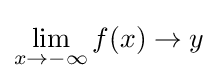
\lim _{x\to -\infty }f(x)\to y